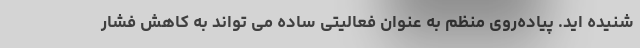
شنیده اید. پیاده‌روی منظم به عنوان فعالیتی ساده می تواند به کاهش فشار